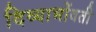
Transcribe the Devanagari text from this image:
दिव्याभोंवती